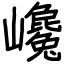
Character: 巉